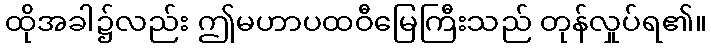
ထိုအခါ၌လည်း ဤမဟာပထဝီမြေကြီးသည် တုန်လှုပ်ရ၏။